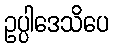
ဥပ္ပါဒေသိပေ